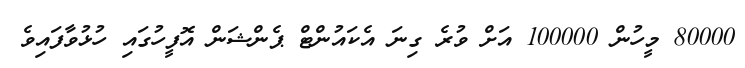
80000 މީހުން 100000 އަށް ވުރެ ގިނަ އެކައުންޓް ޕެންޝަން އޮފީހުގައި ހުޅުވާފައިވެ